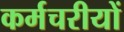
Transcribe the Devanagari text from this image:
कर्मचरीयों